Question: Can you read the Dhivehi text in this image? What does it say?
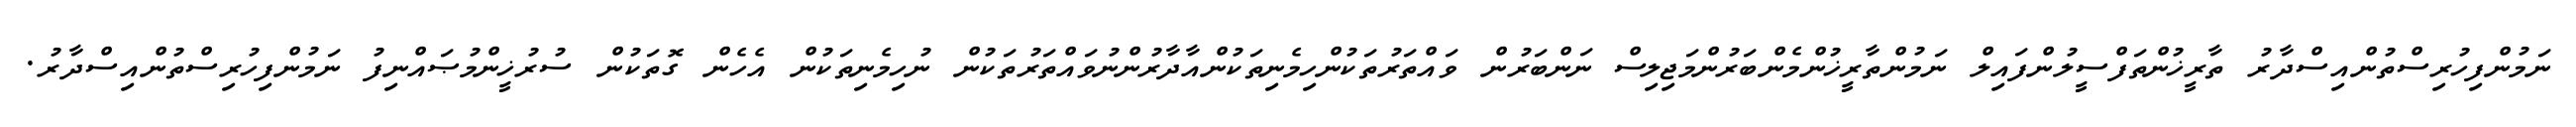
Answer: ނަމުންފިހުރިސްތުންއިސްދާރު ތާރީޚުންތަފްސީލުންފައިލް ނަމުންތާރީޚުންމެންބަރުންމަޖިލިސް ނަންބަރުން ވައްތަރުތަކުންހިމެނިތަކުންއާދާރުންނުވައްތަރުތަކުން ނުހިމެނިތަކުން އެހެން ގޮތަކުން ސުރުޚީންމުޞައްނިފު ނަމުންފިހުރިސްތުންއިސްދާރު.